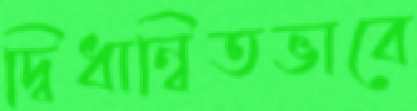
দ্বিধান্বিতভাবে